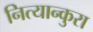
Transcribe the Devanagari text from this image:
नित्यान्कुरा